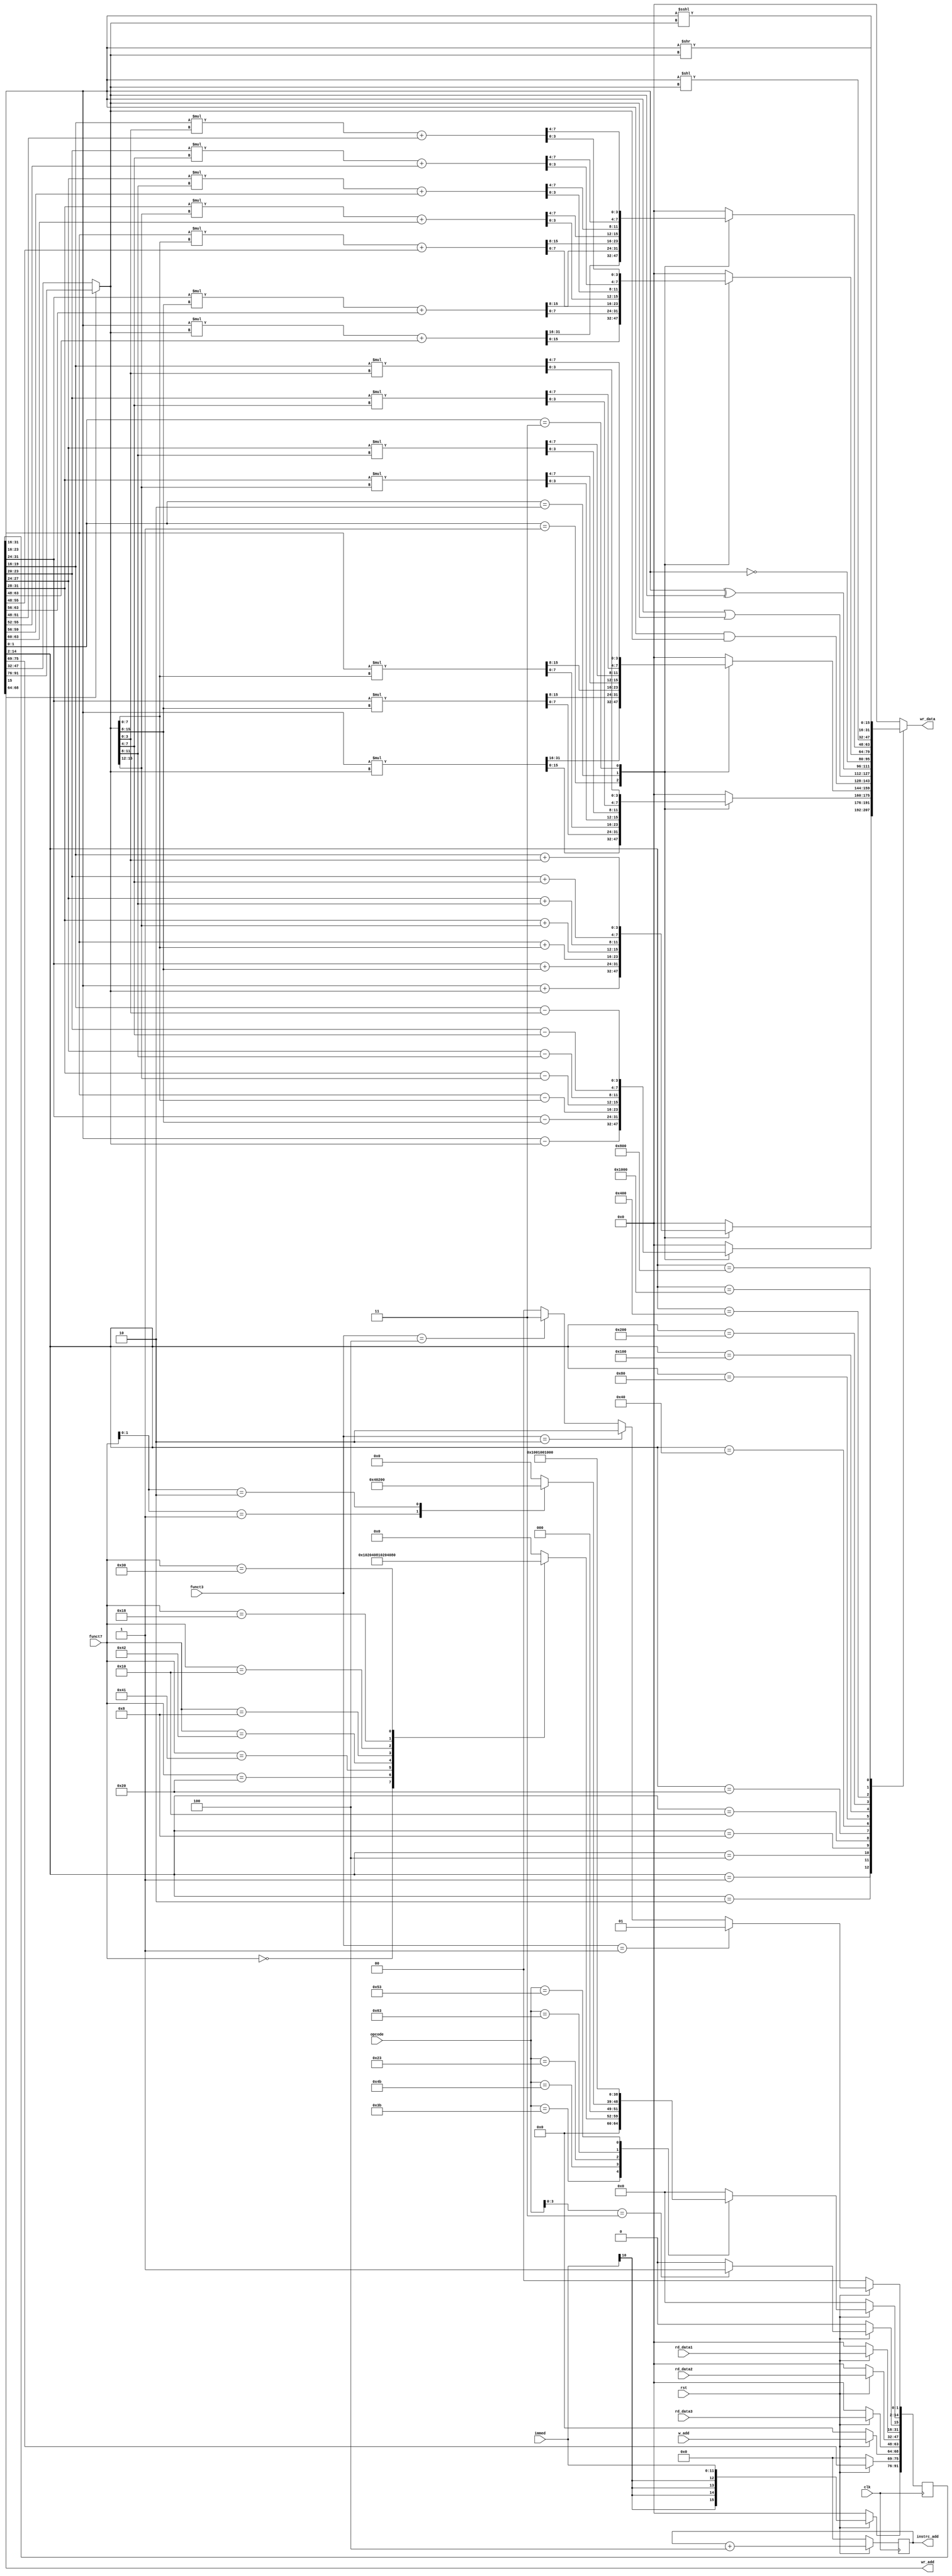
////////////////////////////////////////////////////////////////////////////////
// Description : Verilog code of the SIMD mircoprocessort
////////////////////////////////////////////////////////////////////////////////
`timescale 1ns/1ps
module SIMD(clk,rst,opcode,funct3,funct7,rd_data1,rd_data2,rd_data3,w_add,immed,instrc_add,wr_add,wr_data );
input clk;  //clock
input rst;  //reset 
input [6:0] opcode; //opcode field
input [2:0] funct3; //funct3 field
input [6:0] funct7; //funct7 field
input [15:0] rd_data1;  //read_data1
input [15:0] rd_data2;  //read_data2
input [15:0] rd_data3;  //read_data3
input [4:0] w_add;  //input rd field (destinamtion register address value
input [11:0] immed; //immediate field


output [6:0]instrc_add;
output [4:0] wr_add;    //output rd field
output [15:0] wr_data;  //write data to register

wire [1:0]mode;
reg [12:0]op;
wire [3:0]scr_r;
wire scr;
wire [2:0]op_r;
wire [1:0]mac_hl;
wire [15:0]sig_ex;
wire [6:0]n_instrc_add;
wire [1:0]alu_mode;
wire [12:0]alu_op;
wire alu_scr;
wire signed[15:0]source1;
wire [15:0]data2;
wire signed[15:0]source3;
//wire [6:0] nex_instrc_add;    //next instruction address
wire [15:0]exsig_data;
wire signed[15:0]source2;
wire signed[7:0]source1_8_1;
wire signed[7:0]source1_8_2;
wire signed[7:0]source2_8_1;
wire signed[7:0]source2_8_2;
wire signed[7:0]source3_8_1;
wire signed[7:0]source3_8_2;
wire signed[3:0]source1_4_1;
wire signed[3:0]source1_4_2;
wire signed[3:0]source1_4_3;
wire signed[3:0]source1_4_4;
wire signed[3:0]source2_4_1;
wire signed[3:0]source2_4_2;
wire signed[3:0]source2_4_3;
wire signed[3:0]source2_4_4;
wire signed[3:0]source3_4_1;
wire signed[3:0]source3_4_2;
wire signed[3:0]source3_4_3;
wire signed[3:0]source3_4_4;

reg [15:0]result_reg;
reg [31:0]mul_reg;

reg[91:0] pip_reg;
reg [6:0] instrc_add;  

assign scr_r=opcode[3:0];
assign op_r=opcode[6:4];
assign mac_hl=funct7[1:0];

//----------program connter------------//
always @(posedge clk)
    begin
        if(!rst)
            instrc_add<=0;
        else
            instrc_add<=n_instrc_add;
    end

//------------control unit-------------//

//----countrol signal of the SIMD mode in the ALU-----//
//-------01:represent for 1 16_bit operation---------//
//-------10:represent for 2 8_bit operation----------//
//-------11:represent for 4 4_bit operation---------//
//-------00:represent for nothing-------------------//
assign mode=(funct3==3'b001)? 2'b01:
            (funct3==3'b010)? 2'b10:
            (funct3==3'b100)? 2'b11:2'b00;

//-----------control signal of ALU second source operand-----------------//
//--1: represent that the second source operand is from immediate field--//
//--0: represent that the second source operand is from register file----//
assign scr=(scr_r==4'b0011)? 1:0;

//-----------------control signal of ALU operation-----------------//
//--decode the opcode and funct7 then will get the operation sign--//
always @ (opcode or funct7 or mac_hl)
    begin
        case (opcode)
            7'b0111011:begin
                            case(funct7)
                                7'b0000000: op=13'b0000_0000_0000_1; //add
                                7'b0100000: op=13'b0000_0000_0001_0; //sub
                                7'b1000001: op=13'b0000_0000_0010_0; //mul
                                7'b1000010: op=13'b0000_0000_0100_0; //mulh
                                7'b0001000: op=13'b0000_0000_1000_0; //and
                                7'b0010000: op=13'b0000_0001_0000_0; //or
                                7'b0011000: op=13'b0000_0010_0000_0; //xor
                                7'b0110000: op=13'b0000_0100_0000_0; //not
                                default:op=13'b0000_0000_0000_0; //nothing
                            endcase
                        end
             7'b1001011:begin
                            case(mac_hl)
                                2'b01:op=13'b0000_1000_0000_0; //madd
                                2'b10:op=13'b0001_0000_0000_0; //maddh
                                default:op=13'b0000_0000_0000_0; //nothing
                            endcase
                        end
             7'b0100011:op=13'b0010_0000_0000_0; //shilt left logic immediate
             7'b1100011:op=13'b0100_0000_0000_0; //shilt right logic immediate
             7'b1010011:op=13'b1000_0000_0000_0; //shilt left arithematic immediate
             default:op=13'b0000_0000_0000_0; //nothing
        endcase                                   
    end
//---------control unit end --------------//

//------------sign extension-------------//
assign sig_ex={{4{immed[10]}},immed};
//--------sign extension end------------//

//------next instruction address----------//
assign n_instrc_add=instrc_add+3'b100;
//-----next instruction address end-------//

//----------seconde pipeline-------------//
always @(posedge clk)
    begin
        if(!rst)
            pip_reg <=0;
        else
            begin
                pip_reg[1:0]<=mode; //2 bit
                pip_reg[14:2]<=op; //13 bit
                pip_reg[15]<=scr; //1 bit
                pip_reg[31:16]<= rd_data1; //16 bit
                pip_reg[47:32]<= rd_data2; //16 bit
                pip_reg[63:48]<= rd_data3; //16 bit
                pip_reg[68:64]<= w_add; //5 bit
                //pip_reg[75:69]<= n_instrc_add;//7 bit
                pip_reg[91:76]<= sig_ex;//16 bit
            end 
    end



assign alu_mode=pip_reg[1:0];
assign alu_op=pip_reg[14:2];
assign alu_scr=pip_reg[15];
assign source1=pip_reg[31:16];
assign data2=pip_reg[47:32];
assign source3=pip_reg[63:48];
assign wr_add=pip_reg[68:64];
//assign nex_instrc_add=pip_reg[75:69];
assign exsig_data=pip_reg[91:76];

//----------mux for second source operand definition--------//
assign source2=(alu_scr==1'b0)? data2:exsig_data;

//-----------------------------ALU unit----------------------------//
//-----------------Below is the ALU unit which carrys -------------//
//-------------------all the calculation operation-----------------//
assign source1_8_1=source1[7:0];
assign source1_8_2=source1[15:8];
assign source2_8_1=source2[7:0];
assign source2_8_2=source2[15:8];
assign source3_8_1=source3[7:0];
assign source3_8_2=source3[15:8];
assign source1_4_1=source1[3:0];
assign source1_4_2=source1[7:4];
assign source1_4_3=source1[11:8];
assign source1_4_4=source1[15:12];
assign source2_4_1=source2[3:0];
assign source2_4_2=source2[7:4];
assign source2_4_3=source2[11:8];
assign source2_4_4=source2[15:12];
assign source3_4_1=source3[3:0];
assign source3_4_2=source3[7:4];
assign source3_4_3=source3[11:8];
assign source3_4_4=source3[15:12];


always @(alu_op or alu_mode or source1 or source2 or source3 or source1_8_1 or source1_8_2 or 
         source2_8_1 or source2_8_2 or source3_8_1 or source3_8_2 or source1_4_1 or source1_4_2 or
         source1_4_3 or source1_4_4 or source2_4_1 or source2_4_2 or source2_4_3 or source2_4_4 or
         source3_4_1 or source3_4_2 or source3_4_3 or source3_4_3 or source3_4_4)
    begin
        mul_reg=0;
        result_reg=0;
        case(alu_op)
           13'b0000_0000_0000_1:begin
                                    case(alu_mode)
                                        2'b01:result_reg=source1+source2; //1 16-bit add
                                        2'b10:result_reg={source1_8_2+source2_8_2,source1_8_1+source2_8_1}; //2 8_bit add
                                        2'b11:result_reg={source1_4_4+source2_4_4,source1_4_3+source2_4_3,source1_4_2+source2_4_2,source1_4_1+source2_4_1}; //4 4_bit add
                                        default:result_reg=0;
                                    endcase
                                end
           13'b0000_0000_0001_0:begin
                                    case(alu_mode)
                                        2'b01:result_reg=source1-source2; //1 16-bit add
                                        2'b10:result_reg={source1_8_2-source2_8_2,source1_8_1-source2_8_1}; //2 8_bit add
                                        2'b11:result_reg={source1_4_4-source2_4_4,source1_4_3-source2_4_3,source1_4_2-source2_4_2,source1_4_1-source2_4_1}; //4 4_bit sub
                                        default:result_reg=0;                       
                                    endcase
                                end
           13'b0000_0000_0010_0:begin
                                    case(alu_mode)
                                        2'b01:begin
                                                mul_reg=source1*source2; //1 16_bit mul
                                                result_reg=mul_reg[15:0]; //get tthe lower 16bit result of the multiplication
                                              end
                                        2'b10:begin
                                                mul_reg[15:0]=source1_8_1*source2_8_1; //2 8-bit mul
                                                mul_reg[31:16]=source1_8_2*source2_8_2;
                                                result_reg={mul_reg[23:16],mul_reg[7:0]};//get the lower 8bit result of each multiplication
                                              end
                                        2'b11:begin
                                                mul_reg[7:0]=source1_4_1*source2_4_1; // 4 4_bit mul
                                                mul_reg[15:8]=source1_4_2*source2_4_2;
                                                mul_reg[23:16]=source1_4_3*source2_4_3;
                                                mul_reg[31:24]=source1_4_4*source2_4_4;
                                                result_reg={mul_reg[27:24],mul_reg[19:16],mul_reg[11:8],mul_reg[3:0]};//get the lower 4bit result of each multiplication
                                              end
                                        default:begin
                                                    result_reg=0;
                                                    mul_reg=0;
                                                end
                                    endcase
                                end
           13'b0000_0000_0100_0:begin
                                    case(alu_mode)
                                        2'b01:begin 
                                                mul_reg=source1*source2; //1 16_bit mulh
                                                result_reg=mul_reg[31:16]; //get tthe higher 16bit result of the multiplication
                                              end
                                        2'b10:begin
                                                mul_reg[15:0]=source1_8_1*source2_8_1; //2 8-bit mulh
                                                mul_reg[31:16]=source1_8_2*source2_8_2;
                                                result_reg={mul_reg[31:24],mul_reg[15:8]};//get the higher 8bit result of each multiplication
                                              end
                                        2'b11:begin
                                                mul_reg[7:0]=source1_4_1*source2_4_1; // 4 4_bit mulh
                                                mul_reg[15:8]=source1_4_2*source2_4_2;
                                                mul_reg[23:16]=source1_4_3*source2_4_3;
                                                mul_reg[31:24]=source1_4_4*source2_4_4;
                                                result_reg={mul_reg[31:28],mul_reg[23:20],mul_reg[15:12],mul_reg[7:4]};//get the higher 4bit result of each multiplication
                                              end
                                        default:begin
                                                    result_reg=0;
                                                    mul_reg=0;
                                                end
                                    endcase
                                end
           13'b0000_0000_1000_0:result_reg=source1&source2; //bitwise and
           13'b0000_0001_0000_0:result_reg=source1|source2; //bitwise or
           13'b0000_0010_0000_0:result_reg=source1^source2; //bitwise xor
           13'b0000_0100_0000_0:result_reg=~source1; //bitwise not
           13'b0000_1000_0000_0:begin
                                    case(alu_mode)
                                        2'b01:begin
                                                mul_reg=source1*source2+{{16{1'b0}},source3}; //1 16_bit mac
                                                result_reg=mul_reg[15:0]; //get tthe lower 16bit result of the multiplication and addition
                                              end
                                        2'b10:begin
                                                mul_reg[15:0]=source1_8_1*source2_8_1+{{8{1'b0}},source3_8_1}; //2 8-bit mac
                                                mul_reg[31:16]=source1_8_2*source2_8_2+{{8{1'b0}},source3_8_2};
                                                result_reg={mul_reg[23:16],mul_reg[7:0]};//get the lower 8bit result of each multiplication and addition
                                              end
                                        2'b11:begin
                                                mul_reg[7:0]=source1_4_1*source2_4_1+{{4{1'b0}},source3_4_1}; // 4 4_bit mac
                                                mul_reg[15:8]=source1_4_2*source2_4_2+{{4{1'b0}},source3_4_2};
                                                mul_reg[23:16]=source1_4_3*source2_4_3+{{4{1'b0}},source3_4_3};
                                                mul_reg[31:24]=source1_4_4*source2_4_4+{{4{1'b0}},source3_4_4};
                                                result_reg={mul_reg[27:24],mul_reg[19:16],mul_reg[11:8],mul_reg[3:0]};//get the lower 4bit result of each multiplication and addition+source3_4_1
                                              end
                                        default:begin
                                                    result_reg=0;
                                                    mul_reg=0;
                                                end
                                    endcase
                                end
           13'b0001_0000_0000_0:begin
                                    case(alu_mode)
                                        2'b01:begin
                                                mul_reg=source1*source2+{{16{1'b0}},source3}; //1 16_bit mach
                                                result_reg=mul_reg[31:16]; //get tthe higher 16bit result of the multiplication and addition
                                              end
                                        2'b10:begin
                                                mul_reg[15:0]=source1_8_1*source2_8_1+{{8{1'b0}},source3_8_1}; //2 8-bit mach
                                                mul_reg[31:16]=source1_8_2*source2_8_2+{{8{1'b0}},source3_8_2};
                                                result_reg={mul_reg[31:24],mul_reg[15:8]};//get the higher 8bit result of each multiplication and addition
                                              end
                                        2'b11:begin
                                                mul_reg[7:0]=source1_4_1*source2_4_1+{{4{1'b0}},source3_4_1}; // 4 4_bit mach
                                                mul_reg[15:8]=source1_4_2*source2_4_2+{{4{1'b0}},source3_4_2};
                                                mul_reg[23:16]=source1_4_3*source2_4_3+{{4{1'b0}},source3_4_3};
                                                mul_reg[31:24]=source1_4_4*source2_4_4+{{4{1'b0}},source3_4_4};
                                                result_reg={mul_reg[31:28],mul_reg[23:20],mul_reg[15:12],mul_reg[7:4]};//get the higher 4bit result of each multiplication and addition
                                              end
                                        default:begin
                                                    result_reg=0;
                                                    mul_reg=0;
                                                end                                    
                                    endcase
                                end
           13'b0010_0000_0000_0:result_reg=(source1<<source2); //shift left logical immediate
           13'b0100_0000_0000_0:result_reg=(source1>>source2); //shift right logical immediate
           13'b1000_0000_0000_0:result_reg=(source1<<<source2); //shilt left arithematic immediate=result_reg;
           default:result_reg=0;
        endcase
    end
    
assign wr_data=result_reg;
endmodule